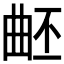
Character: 𣌹